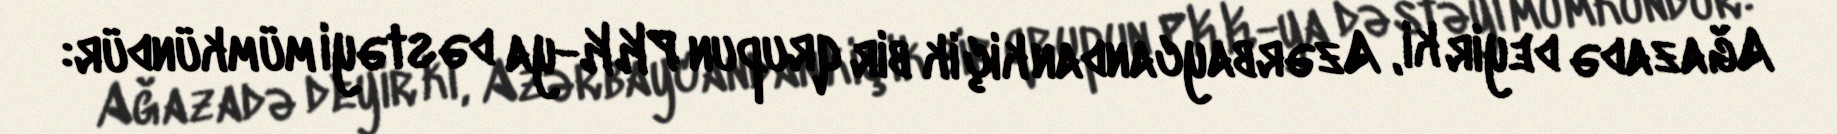
Ağazadə deyir ki, Azərbaycandan kiçik bir qrupun PKK-ya dəstəyi mümkündür: